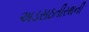
અડસઠતીરથની